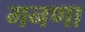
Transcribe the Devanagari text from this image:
गनणा